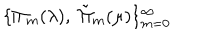
LaTeX: \{ \Pi _ { m } ( \lambda ) , \; \tilde { \Pi } _ { m } ( \mu ) \} _ { m = 0 } ^ { \infty }